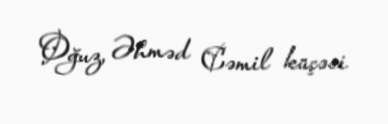
Oğuz, Əhməd Cəmil küçəsi